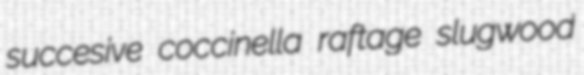
succesive coccinella raftage slugwood